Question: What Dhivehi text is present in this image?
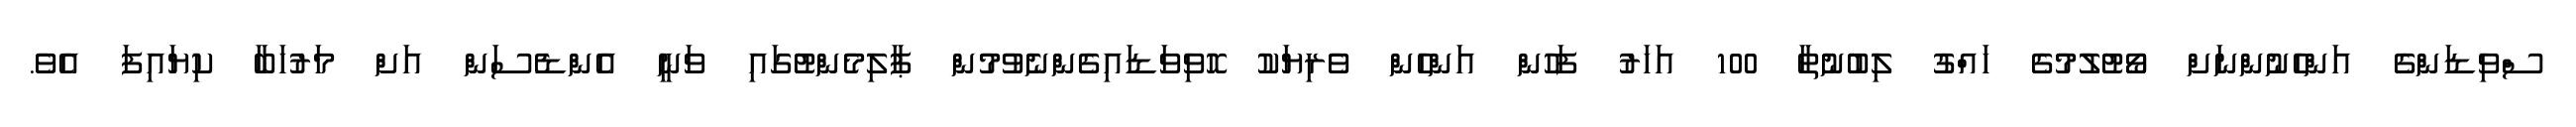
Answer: ސްވިޑަންގެ އަންހެނުންނަށް ވޯޓުލުމުގެ ހައްގު ލިބުނުތާ 100 އަހަރު ފަހުން އަންހެން ވެރިޔަކު ހޮވިވަޑައިގެންނެވުމުން ޕާލިމެންޓުގައި ވަނީ އެންޑެސަން އަށް މަރުހަބާ ކިޔައިފަ އެވެ.